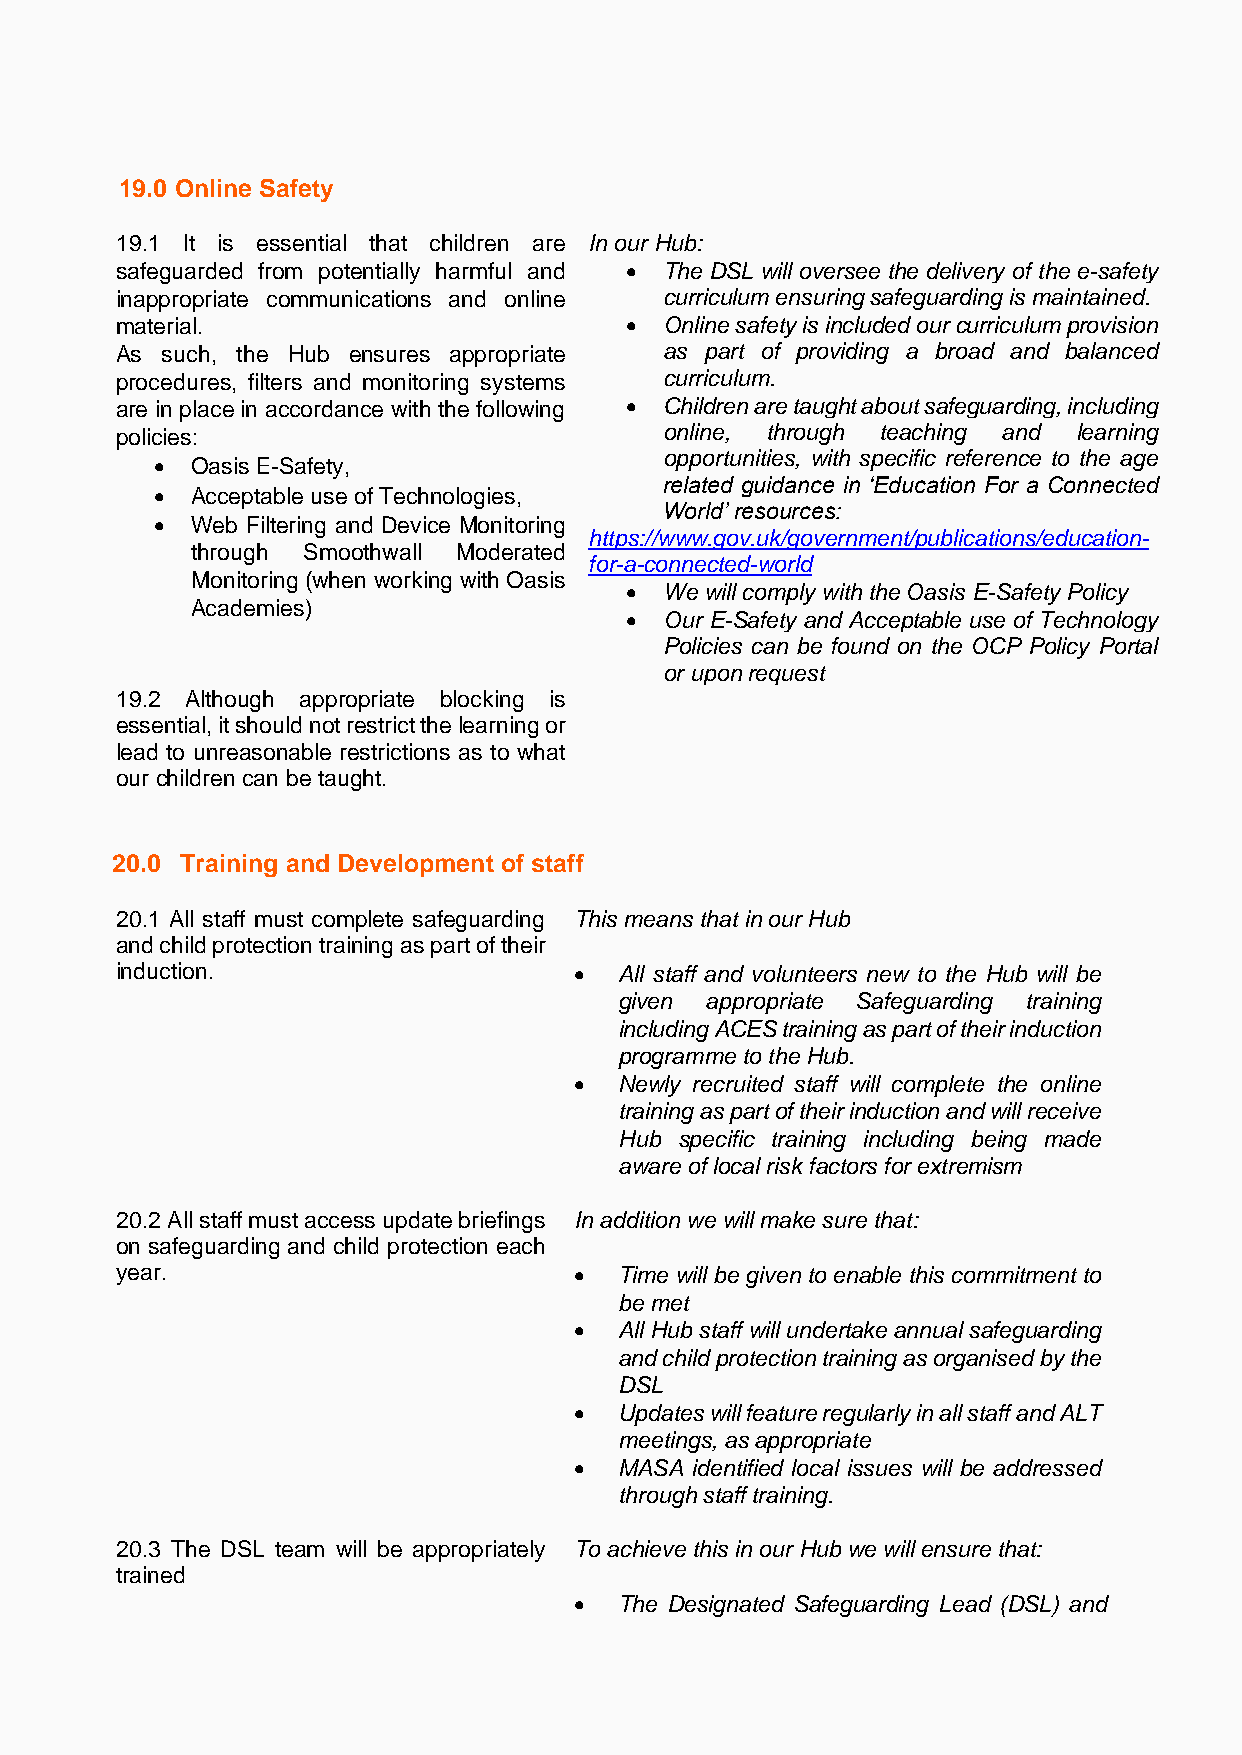
19.0 Online Safety
 19.1 It is essential that children are In our Hub:
 safeguarded from potentially harmful and • The DSL will oversee the delivery of the e-safety
 inappropriate communications and online curriculum ensuring safeguarding is maintained.
 material.                        •  Online safety is included our curriculum provision
 As such, the Hub ensures appropriate as part of providing a broad and balanced
 procedures, filters and monitoring systems curriculum.
 are in place in accordance with the following • Children are taught about safeguarding, including
 policies:                           online, through teaching and learning
 opportunities, with specific reference to the age
 •  Oasis E-Safety,
 related guidance in ‘Education For a Connected
 •  Acceptable use of Technologies,
 World’ resources:
 •  Web Filtering and Device Monitoring
 https://www.gov.uk/government/publications/education-
 through Smoothwall Moderated
 for-a-connected-world
 Monitoring (when working with Oasis
 •  We will comply with the Oasis E-Safety Policy
 Academies)
 •  Our E-Safety and Acceptable use of Technology
 Policies can be found on the OCP Policy Portal
 or upon request
 19.2 Although appropriate blocking is
 essential, it should not restrict the learning or
 lead to unreasonable restrictions as to what
 our children can be taught.
 20.0 Training and Development of staff
 20.1 All staff must complete safeguarding This means that in our Hub
 and child protection training as part of their
 induction.                    •  All staff and volunteers new to the Hub will be
 given appropriate Safeguarding training
 including ACES training as part of their induction
 programme to the Hub.
 •  Newly recruited staff will complete the online
 training as part of their induction and will receive
 Hub specific training including being made
 aware of local risk factors for extremism
 20.2 All staff must access update briefings In addition we will make sure that:
 on safeguarding and child protection each
 year.                         •  Time will be given to enable this commitment to
 be met
 •  All Hub staff will undertake annual safeguarding
 and child protection training as organised by the
 DSL
 •  Updates will feature regularly in all staff and ALT
 meetings, as appropriate
 •  MASA identified local issues will be addressed
 through staff training.
 20.3 The DSL team will be appropriately To achieve this in our Hub we will ensure that:
 trained
 •  The Designated Safeguarding Lead (DSL) and